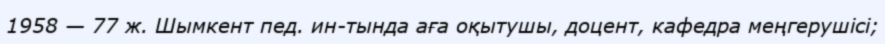
1958 — 77 ж. Шымкент пед. ин-тында аға оқытушы, доцент, кафедра меңгерушісі;